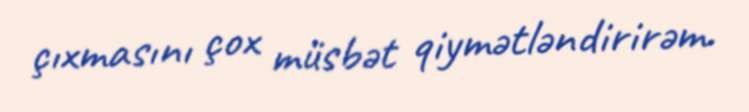
çıxmasını çox müsbət qiymətləndirirəm.